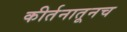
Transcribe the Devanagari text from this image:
कीर्तनातूनच